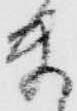
ま